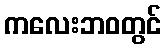
ကလေးဘဝတွင်